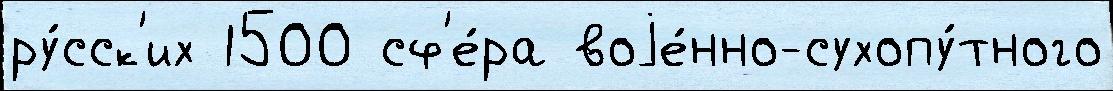
ру́сск'их 1500 сф'е́ра воjе́нно-сухопу́тного